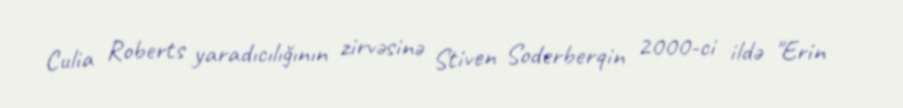
Culia Roberts yaradıcılığının zirvəsinə Stiven Soderberqin 2000-ci ildə "Erin